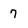
Character: 7